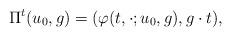
LaTeX: \begin{align*}\Pi^t(u_0,g)=(\varphi(t,\cdot;u_0,g),g\cdot t),\end{align*}